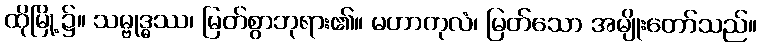
ထိုမြို့၌။ သမ္ဗုဒ္ဓဿ၊ မြတ်စွာဘုရား၏။ မဟာကုလံ၊ မြတ်သော အမျိုးတော်သည်။